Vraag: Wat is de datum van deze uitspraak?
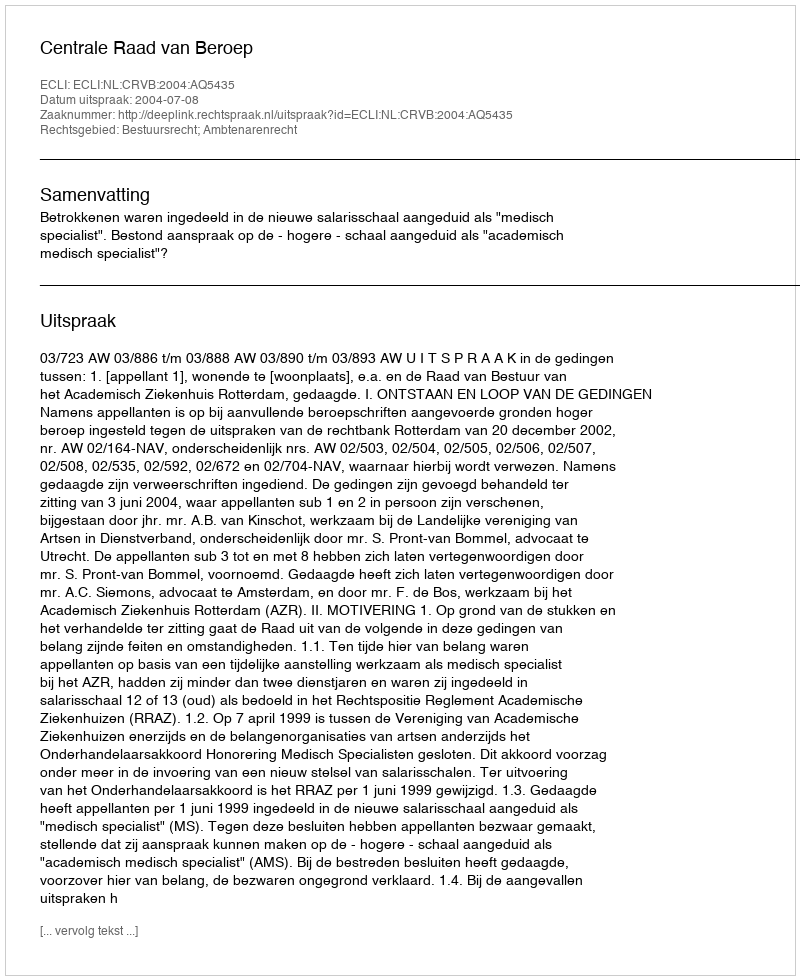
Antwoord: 2004-07-08